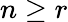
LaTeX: n\geq r